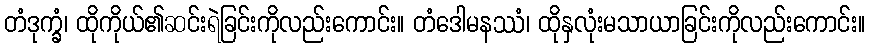
တံဒုက္ခံ၊ ထိုကိုယ်၏ဆင်းရဲခြင်းကိုလည်းကောင်း။ တံဒေါမနဿံ၊ ထိုနှလုံးမသာယာခြင်းကိုလည်းကောင်း။